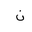
Letter: _non